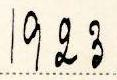
1923